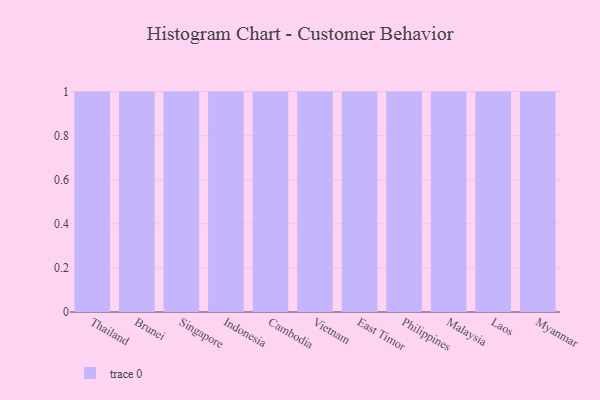
{"axis": {"x": "Country", "y": "Energy Usage (MWh)"}, "legend": [""], "data": [{"x": "Thailand", "y": 30, "type": ""}, {"x": "Brunei", "y": 22, "type": ""}, {"x": "Singapore", "y": 36, "type": ""}, {"x": "Indonesia", "y": 46, "type": ""}, {"x": "Cambodia", "y": 52, "type": ""}, {"x": "Vietnam", "y": 70, "type": ""}, {"x": "East Timor", "y": 10, "type": ""}, {"x": "Philippines", "y": 49, "type": ""}, {"x": "Malaysia", "y": 59, "type": ""}, {"x": "Laos", "y": 5, "type": ""}, {"x": "Myanmar", "y": 8, "type": ""}]}